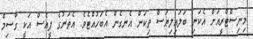
މިނިސްޓްރީއަށް އެކަނި ބަލައިލިޔަސް ތިކަން އެނގެން އެބަހުއްޓެވެ. އެތަނުގެ ޕީއެސް އަކީ ގާސިމް